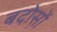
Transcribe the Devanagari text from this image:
बदोस़ों